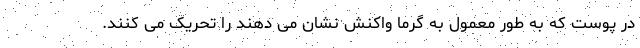
در پوست که به طور معمول به گرما واکنش نشان می دهند را تحریک می کنند.